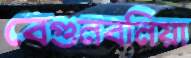
বেগুনবনিয়া